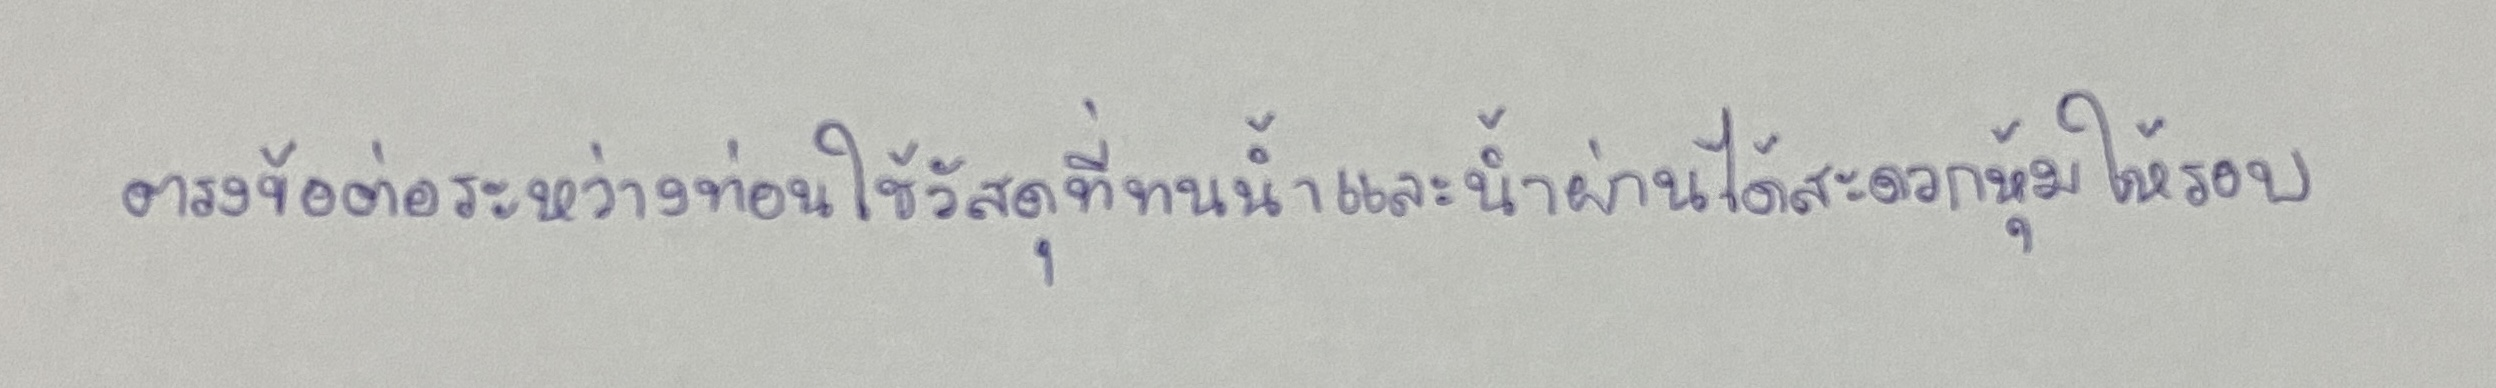
ตรงข้อต่อระหว่างท่อนใช้วัสดุที่ทนน้ำและน้ำผ่านได้สะดวกหุ้มให้รอบ